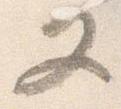
又